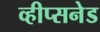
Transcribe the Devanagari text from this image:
व्हीप्सनेड